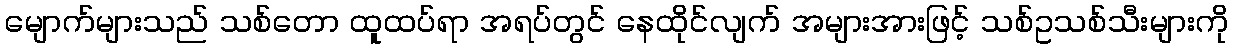
မျောက်များသည် သစ်တော ထူထပ်ရာ အရပ်တွင် နေထိုင်လျက် အများအားဖြင့် သစ်ဥသစ်သီးများကို